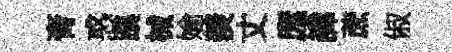
膏惑蹊械媮羨丈庬諱蔗俶